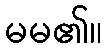
မမ၏။